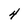
Character: 4